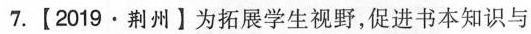
7.【2019·荆州】为拓展学生视野，促进书本知识与